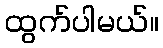
ထွက်ပါမယ်။